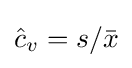
{\hat {c}}_{v}=s/{\bar {x}}